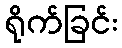
ရိုက်ခြင်း